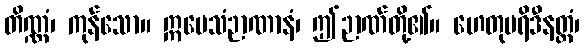
တိဏ္ဏံ၊ ကုန်သော။ ဣမေသံဉာဏာနံ၊ ဤဉာဏ်တို့၏။ ဟေတုပရိဒီနတ္ထံ၊